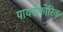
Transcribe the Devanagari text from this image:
पायरोफोरिक